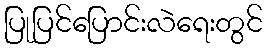
ပြုပြင်ပြောင်းလဲရေးတွင်